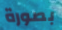
بصورة